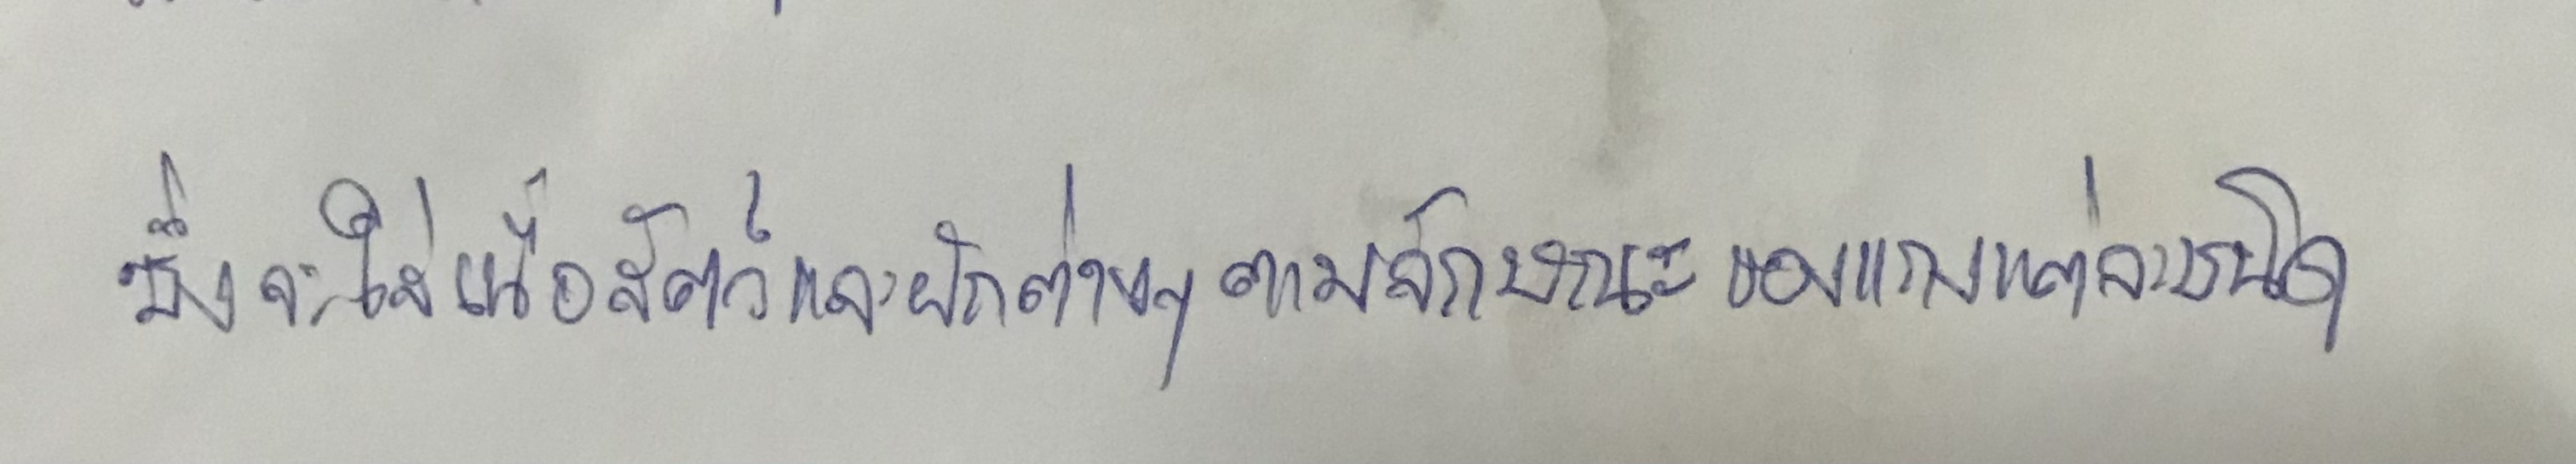
ซึ่งจะใส่เนื้อสัตว์และผักต่างๆตามลักษณะของแกงแต่ละชนิด